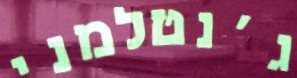
ג'נטלמני